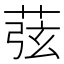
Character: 𦱁